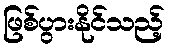
ဖြစ်ပွားနိုင်သည့်